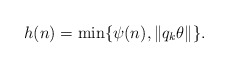
\begin{align*}h(n)=\min\{\psi(n),\|q_k\theta\|\}.\end{align*}